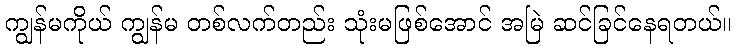
ကျွန်မကိုယ် ကျွန်မ တစ်လက်တည်း သုံးမဖြစ်အောင် အမြဲ ဆင်ခြင်နေရတယ်။